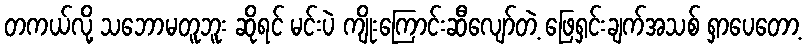
တကယ်လို့ သဘောမတူဘူး ဆိုရင် မင်းပဲ ကျိုးကြောင်းဆီလျော်တဲ့ ဖြေရှင်းချက်အသစ် ရှာပေတော့